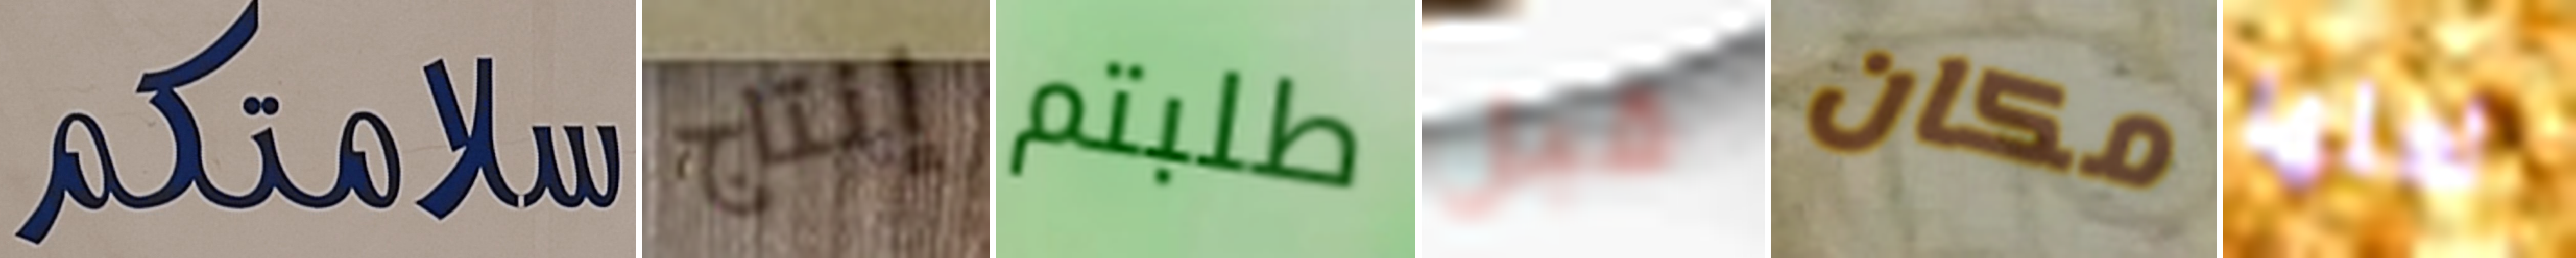
سلامتكم إنتاج طلبتم قبل مكان لعلها